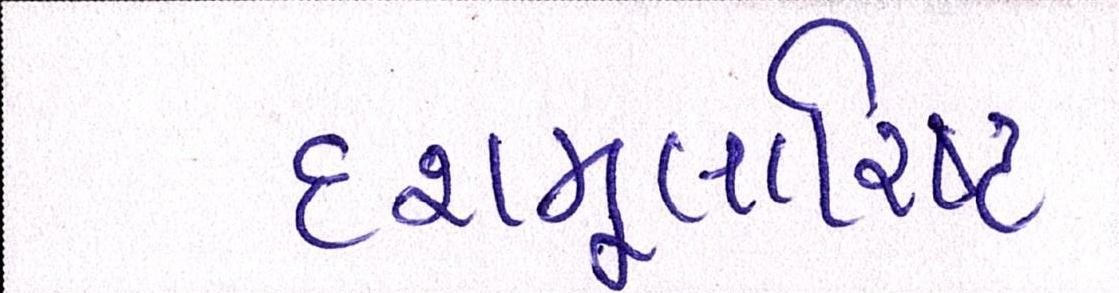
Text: દશમૂલારિષ્ટ